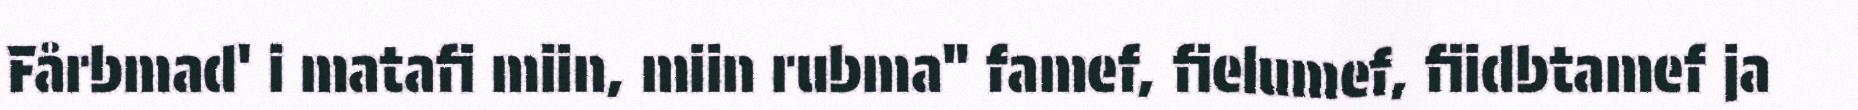
Fårbmad' i matafi miin, miin rubma" famef, fielumef, fiidbtamef ja